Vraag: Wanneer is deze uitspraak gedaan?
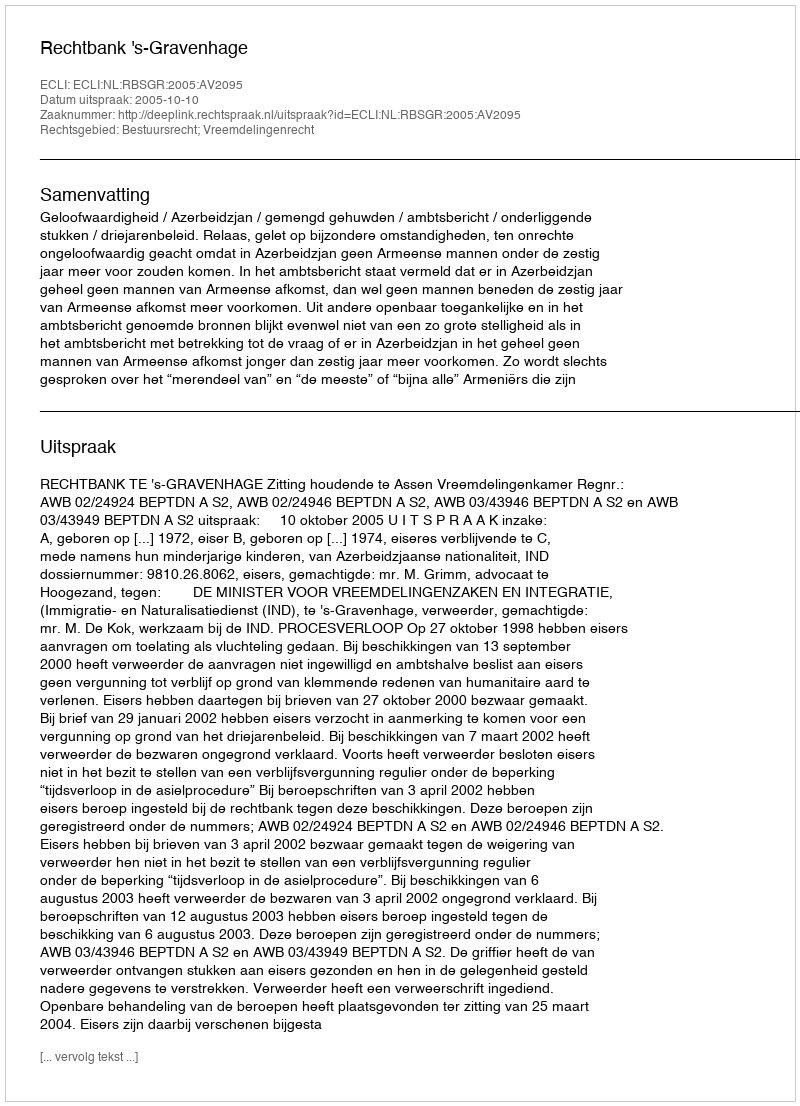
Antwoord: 2005-10-10